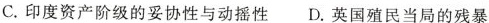
C.印度资产阶级的妥协性与动摇性D.英国殖民当局的残暴